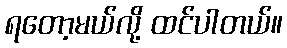
ရတော့မယ်လို့ ထင်ပါတယ်။